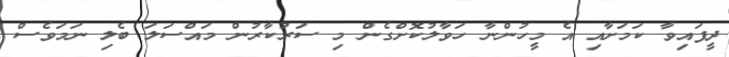
ދީފައިވާ ކަމަށާއި އެ މީހުންނާ ހަވާލުކޮށްގެން މި ސަރުކާރުން މައްސަލަ ބެލި ނަމަވެސް